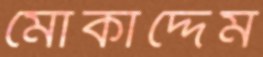
মোকাদ্দেম